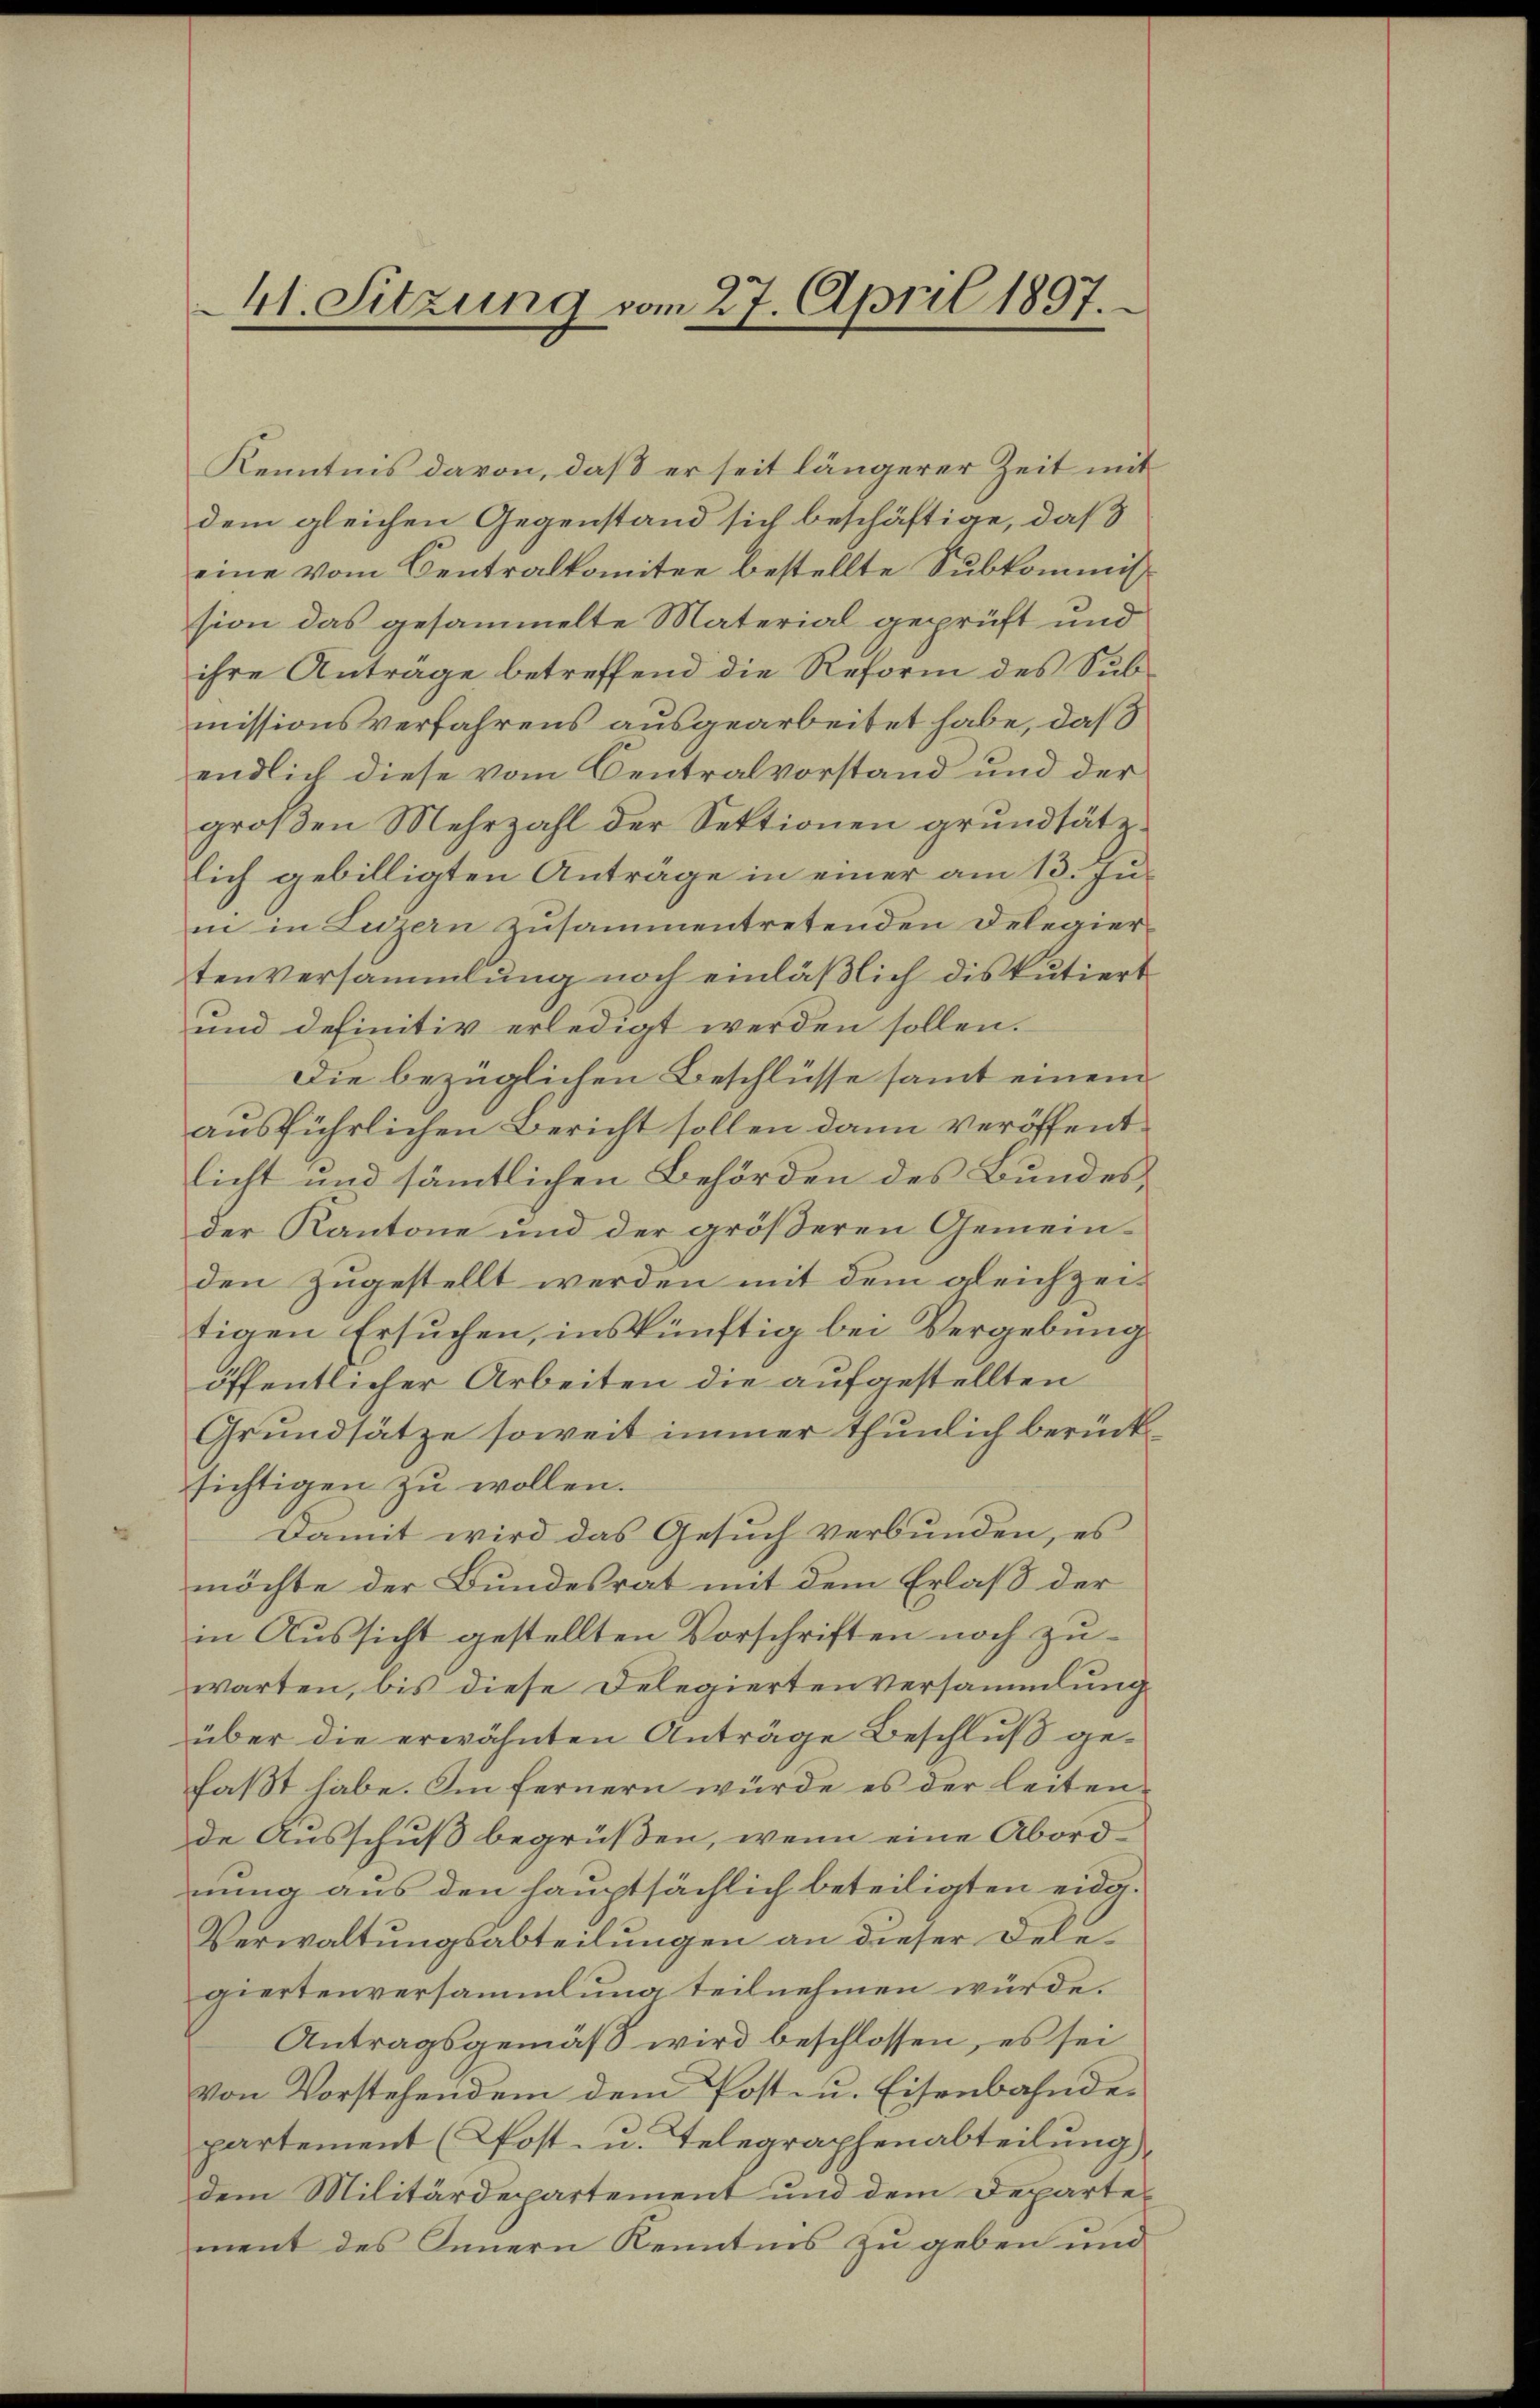
41. Sitzung vom 27. April 1897.

Kenntnis davon, daß er seit längerer Zeit mit
dem gleichen Gegenstand sich beschäftige, daß
eine vom Centralkomitee bestellte Subkommission das gesammelte Material geprüft und
ihre Anträge betreffend die Reform des Submissionsverfahrens ausgearbeitet habe, daß
endlich diese vom Centralvorstand und der
großen Mehrzahl der Sektionen grundsätzlich gebilligten Antrage in einer am 13. Juni in Luzern zusammentretenden Delegiertenversammlung noch einläßlich diskutiert
und definitiv erledigt werden sollen.
Die bezüglichen Beschlüsse samt einem
ausführlichen Bericht sollen dann veröffentlicht und sämtlichen Behörden des Bundesder Kantone und der größeren Gemein-
den zugestellt werden mit dem gleichzeitigen Ersuchen, inskünftig bei Vergebung
öffentlicher Arbeiten die aufgestellten
Grundsätze soweit immer thunlich berücksichtigen zu wollen.
Damit wird das Gesuch verbunden, es
möchte der Bundesrat mit dem Erlaß der
in Aussicht gestellten Vorschriften noch zuwarten, bis diese Delegierten Versammlung
über die erwähnten Anträge Beschluß gefaßt habe. Im fernern würde es der Leitende Ausschuß begrüßen, wenn eine Abordnung aus den hauptsächlich beteiligten eidg.
Verwaltungsabteilungen an dieser Dele
giertenversammlung teilnehmen würde.
Antragsgemäß wird beschlossen, es sei
von Vorstehendem dem Post- u. Eisenbahndepartement (Post- u. Telegraphenabteilung
dem Militärdepartement und dem Departement des Innern Kenntnis zu geben und